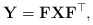
\begin{align*}\mathbf{Y} = \mathbf{FXF}^\top,\end{align*}